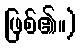
ဖြစ်၏။)